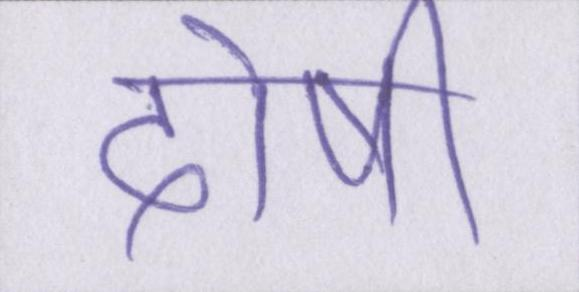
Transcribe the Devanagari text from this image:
दोषी